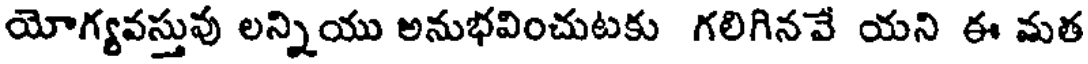
యోగ్యవస్తువు లన్నియు అనుభవించుటకు గలిగినవే యని ఈ మత